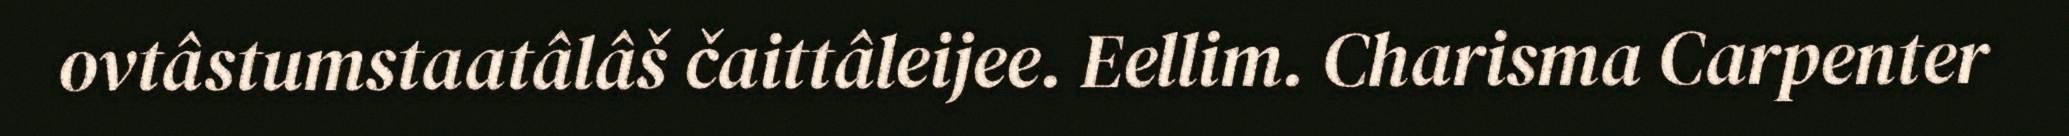
ovtâstumstaatâlâš čaittâleijee. Eellim. Charisma Carpenter